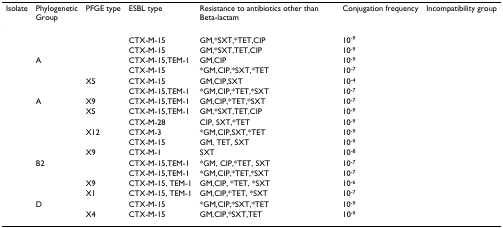
<table><thead><tr><td><b>Isolate</b></td><td><b>PhylogeneticGroup</b></td><td><b>PFGE type</b></td><td><b>ESBL type</b></td><td><b>Resistance to antibiotics other than Beta-lactam</b></td><td><b>Conjugation frequency</b></td><td><b>Incompatibility group</b></td></tr></thead><tbody><tr><td>[EMPTY_CELL]</td><td>[EMPTY_CELL]</td><td>[EMPTY_CELL]</td><td>CTX-M-15</td><td>GM,*SXT,*TET,CIP</td><td>10<sup>-9</sup></td><td>[EMPTY_CELL]</td></tr><tr><td>[EMPTY_CELL]</td><td>[EMPTY_CELL]</td><td>[EMPTY_CELL]</td><td>CTX-M-15</td><td>GM,*SXT,TET,CIP</td><td>10<sup>-9</sup></td><td>[EMPTY_CELL]</td></tr><tr><td>[EMPTY_CELL]</td><td>A</td><td>[EMPTY_CELL]</td><td>CTX-M-15,TEM-1</td><td>GM,CIP</td><td>10<sup>-9</sup></td><td>[EMPTY_CELL]</td></tr><tr><td>[EMPTY_CELL]</td><td>[EMPTY_CELL]</td><td>[EMPTY_CELL]</td><td>CTX-M-15</td><td>*GM,CIP,*SXT,*TET</td><td>10<sup>-7</sup></td><td>[EMPTY_CELL]</td></tr><tr><td>[EMPTY_CELL]</td><td>[EMPTY_CELL]</td><td>X5</td><td>CTX-M-15</td><td>GM,CIP,SXT</td><td>10<sup>-4</sup></td><td>[EMPTY_CELL]</td></tr><tr><td>[EMPTY_CELL]</td><td>[EMPTY_CELL]</td><td>[EMPTY_CELL]</td><td>CTX-M-15,TEM-1</td><td>*GM,CIP,*TET,*SXT</td><td>10<sup>-7</sup></td><td>[EMPTY_CELL]</td></tr><tr><td>[EMPTY_CELL]</td><td>A</td><td>X9</td><td>CTX-M-15,TEM-1</td><td>GM,CIP,*TET,*SXT</td><td>10<sup>-7</sup></td><td>[EMPTY_CELL]</td></tr><tr><td>[EMPTY_CELL]</td><td>[EMPTY_CELL]</td><td>X5</td><td>CTX-M-15,TEM-1</td><td>GM,*SXT,TET,CIP</td><td>10<sup>-9</sup></td><td>[EMPTY_CELL]</td></tr><tr><td>[EMPTY_CELL]</td><td>[EMPTY_CELL]</td><td>[EMPTY_CELL]</td><td>CTX-M-28</td><td>CIP, SXT,*TET</td><td>10<sup>-9</sup></td><td>[EMPTY_CELL]</td></tr><tr><td>[EMPTY_CELL]</td><td>[EMPTY_CELL]</td><td>X12</td><td>CTX-M-3</td><td>*GM,CIP,SXT,*TET</td><td>10<sup>-9</sup></td><td>[EMPTY_CELL]</td></tr><tr><td>[EMPTY_CELL]</td><td>[EMPTY_CELL]</td><td>[EMPTY_CELL]</td><td>CTX-M-15</td><td>GM, TET, SXT</td><td>10<sup>-9</sup></td><td>[EMPTY_CELL]</td></tr><tr><td>[EMPTY_CELL]</td><td>[EMPTY_CELL]</td><td>X9</td><td>CTX-M-1</td><td>SXT</td><td>10<sup>-8</sup></td><td>[EMPTY_CELL]</td></tr><tr><td>[EMPTY_CELL]</td><td>B2</td><td>[EMPTY_CELL]</td><td>CTX-M-15,TEM-1</td><td>*GM, CIP,*TET, SXT</td><td>10<sup>-7</sup></td><td>[EMPTY_CELL]</td></tr><tr><td>[EMPTY_CELL]</td><td>[EMPTY_CELL]</td><td>[EMPTY_CELL]</td><td>CTX-M-15,TEM-1</td><td>*GM,CIP,*TET,*SXT</td><td>10<sup>-7</sup></td><td>[EMPTY_CELL]</td></tr><tr><td>[EMPTY_CELL]</td><td>[EMPTY_CELL]</td><td>X9</td><td>CTX-M-15, TEM-1</td><td>GM,CIP, *TET, *SXT</td><td>10<sup>-6</sup></td><td>[EMPTY_CELL]</td></tr><tr><td>[EMPTY_CELL]</td><td>[EMPTY_CELL]</td><td>X1</td><td>CTX-M-15, TEM-1</td><td>GM,CIP,*TET, *SXT</td><td>10<sup>-7</sup></td><td>[EMPTY_CELL]</td></tr><tr><td>[EMPTY_CELL]</td><td>D</td><td>[EMPTY_CELL]</td><td>CTX-M-15</td><td>*GM,CIP,*SXT,*TET</td><td>10<sup>-9</sup></td><td>[EMPTY_CELL]</td></tr><tr><td>[EMPTY_CELL]</td><td>[EMPTY_CELL]</td><td>X4</td><td>CTX-M-15</td><td>GM,CIP,*SXT,TET</td><td>10<sup>-9</sup></td><td>[EMPTY_CELL]</td></tr></tbody></table>